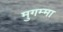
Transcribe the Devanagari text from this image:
मुगम्मा